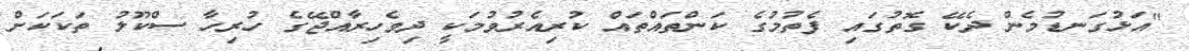
"އަޅުގަނޑުމެން ދެކޭ ގޮތުގައި ފެތުމުގެ ކަންތައްތައް ކުރިއެރުވުމަކީ ދިވެހިރާއްޖޭގެ ހުރިހާ ސްކޫލު ތަކަކަށް